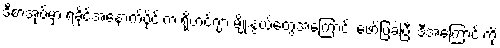
ဒီစာအုပ်မှာ ရခိုင်အနောက်ပိုင်းက ရိုဟင်ဂျာ မျိုးနွယ်တွေအကြောင်း ဖော်ပြခဲ့ပြီး ဒီအကြောင်းကို